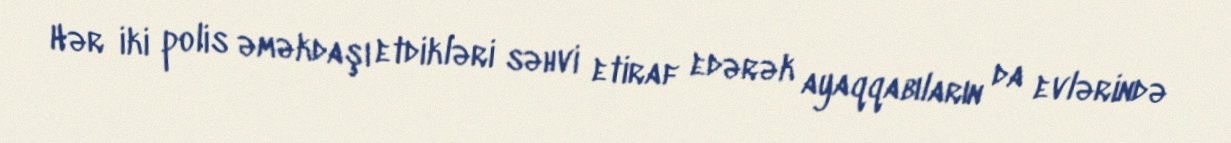
Hər iki polis əməkdaşı etdikləri səhvi etiraf edərək ayaqqabıların da evlərində